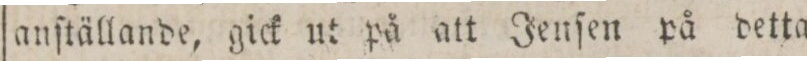
anſtällande, gick ut på att Jenſen på detta